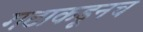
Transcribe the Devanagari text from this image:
गटाकडूनच